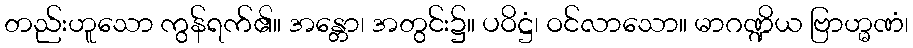
တည်းဟူသော ကွန်ရက်၏။ အန္တော၊ အတွင်း၌။ ပဝိဋ္ဌံ၊ ဝင်လာသော။ မာဂဏ္ဍိယ ဗြာဟ္မဏံ၊